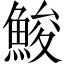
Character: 鮻